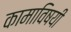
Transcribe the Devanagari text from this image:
कामाविषयी